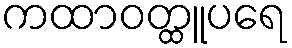
ကထာဝတ္ထူပရေ